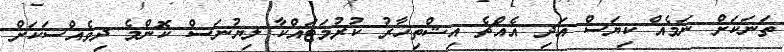
ތަނަކަށް ނަމެެއް ކިޔަސް އަދި އެއްޗެ އިޝްތިހާރު ކުރުމަޓައްކާ ލިޔުނަސް ކޮންމެ ދިވެއްސަކަށް